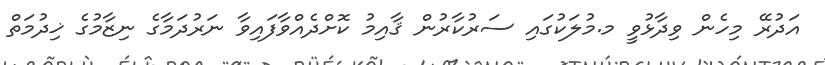
އަދުރޭ މިހެން ވިދާޅުވީ މ.މުލަކުގައި ސަރުކާރުން ޤާއިމު ކޮށްދެއްވާފައިވާ ނަރުދަމާގެ ނިޒާމުގެ ޚިދުމަތް